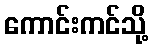
ကောင်းကင်သို့